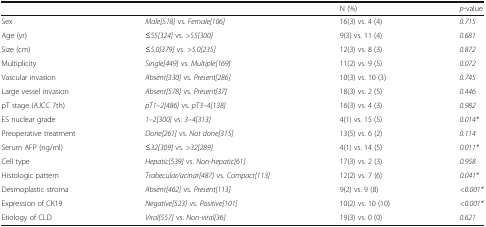
| <COLSPAN=2>  | N (%) | p-value |
 | --- | --- | --- | --- |
 | Sex | Male[518] vs. Female[106] | 16(3) vs. 4 (4) | 0.715 |
 | Age (yr) | ≤55[324] vs. >55[300] | 9(3) vs. 11 (4) | 0.681 |
 | Size (cm) | ≤5.0[379] vs. >5.0[235] | 12(3) vs. 8 (3) | 0.872 |
 | Multiplicity | Single[449] vs. Multiple[169] | 11(2) vs. 9 (5) | 0.072 |
 | Vascular invasion | Absent[330] vs. Present[286] | 10(3) vs. 10 (3) | 0.745 |
 | Large vessel invasion | Absent[578] vs. Present[37] | 18(3) vs. 2 (5) | 0.446 |
 | pT stage (AJCC 7th) | pT1–2[486] vs. pT3–4[138] | 16(3) vs. 4 (3) | 0.982 |
 | ES nuclear grade | 1–2[300] vs. 3–4[313] | 4(1) vs. 15 (5) | 0.014* |
 | Preoperative treatment | Done[261] vs. Not done[315] | 13(5) vs. 6 (2) | 0.114 |
 | Serum AFP (ng/ml) | ≤32[309] vs. >32[289] | 4(1) vs. 14 (5) | 0.011* |
 | Cell type | Hepatic[539] vs. Non-hepatic[61] | 17(3) vs. 2 (3) | 0.958 |
 | Histologic pattern | Trabecular/acinar[487] vs. Compact[113] | 12(2) vs. 7 (6) | 0.041* |
 | Desmoplastic stroma | Absent[462] vs. Present[113] | 9(2) vs. 9 (8) | <0.001* |
 | Expression of CK19 | Negative[523] vs. Positive[101] | 10(2) vs. 10 (10) | <0.001* |
 | Etiology of CLD | Viral[557] vs. Non-viral[36] | 19(3) vs. 0 (0) | 0.621 |